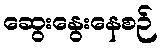
ဆွေးနွေးနေစဉ်